General report no. 6 on the lunatic asylums, vaccination and dispensaries in the Bengal Presidency, 1873 -
Year: 1873
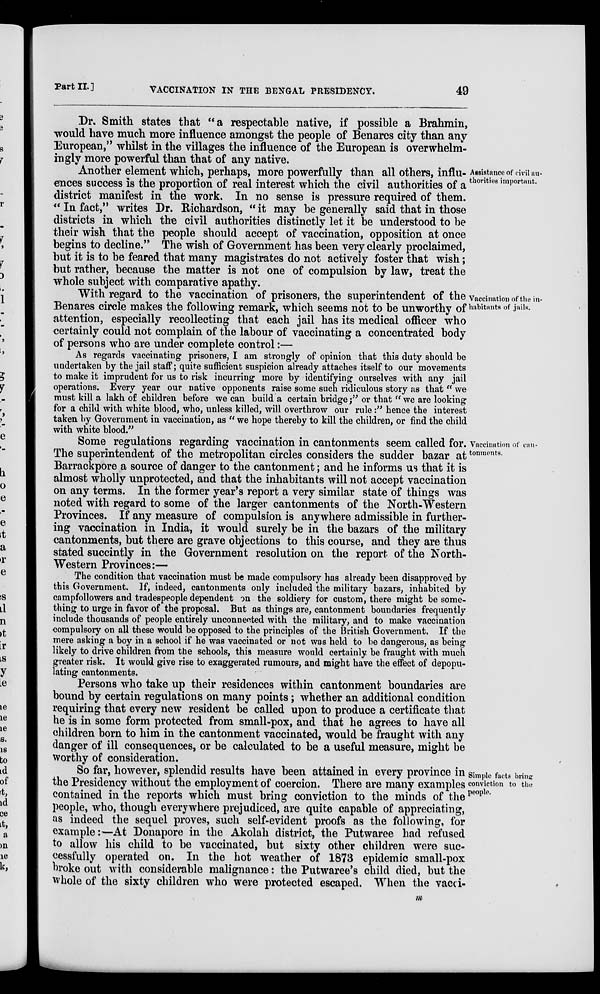
Part II. ]
VACCINATION IN THE BENGAL PRESIDENCY.
49
Dr. Smith states that "a respectable native, if possible a Brahmin,
would have much more influence amongst the people of Benares city than any
European," whilst in the villages the influence of the European is overwhelm-
ingly more powerful than that of any native.
Assistance of civil au-
thorities important.
Another element which, perhaps, more powerfully than all others, influ-
ences success is the proportion of real interest which the civil authorities of a
district manifest in the work. In no sense is pressure required of them.
" In fact," writes Dr. Richardson, " it may be generally said that in those
districts in which the civil authorities distinctly let it be understood to be
their wish that the people should accept of vaccination, opposition at once
begins to decline." The wish of Government has been very clearly proclaimed,
but it is to be feared that many magistrates do not actively foster that wish;
but rather, because the matter is not one of compulsion by law, treat the
whole subject with comparative apathy.
Vaccination of the in-
habitants of jails.
With regard to the vaccination of prisoners, the superintendent of the
Benares circle makes the following remark, which seems not to be unworthy of
attention, especially recollecting that each jail has its medical officer who
certainly could not complain of the labour of vaccinating a concentrated body
of persons who are under complete control:—
As regards vaccinating prisoners, I am strongly of opinion that this duty should be
undertaken by the jail staff; quite sufficient suspicion already attaches itself to our movements
to make it imprudent for us to risk incurring more by identifying ourselves with any jail
operations. Every year our native opponents raise some such ridiculous story as that " we
must kill a lakh of children before we can build a certain bridge;" or that " we are looking
for a child with white blood, who, unless killed, will overthrow our rule:" hence the interest
taken by Government in vaccination, as " we hope thereby to kill the children, or find the child
with white blood."
Vaccination of can-
tonments.
Some regulations regarding vaccination in cantonments seem called for.
The superintendent of the metropolitan circles considers the sudder bazar at
Barrackpore a source of danger to the cantonment; and he informs us that it is
almost wholly unprotected, and that the inhabitants will not accept vaccination
on any terms. In the former year's report a very similar state of things was
noted with regard to some of the larger cantonments of the North-Western
Provinces. If any measure of compulsion is anywhere admissible in further-
ing vaccination in India, it would surely be in the bazars of the military
cantonments, but there are grave objections to this course, and they are thus
stated succintly in the Government resolution on the report of the North-
Western Provinces:—
The condition that vaccination must be made compulsory has already been disapproved by
this Government. If, indeed, cantonments only included the military bazars, inhabited by
campfollowers and tradespeople dependent on the soldiery for custom, there might be some-
thing to urge in favor of the proposal. But as things are, cantonment boundaries frequently
include thousands of people entirely unconnected with the military, and to make vaccination
compulsory on all these would be opposed to the principles of the British Government. If the
mere asking a boy in a school if he was vaccinated or not was held to be dangerous, as being
likely to drive children from the schools, this measure would certainly be fraught with much
greater risk. It would give rise to exaggerated rumours, and might have the effect of depopu-
lating cantonments.
Persons who take up their residences within cantonment boundaries are
bound by certain regulations on many points; whether an additional condition
requiring that every new resident be called upon to produce a certificate that
he is in some form protected from small-pox, and that he agrees to have all
children born to him in the cantonment vaccinated, would be fraught with any
danger of ill consequences, or be calculated to be a useful measure, might be
worthy of consideration.
Simple facts bring
conviction to the
people.
So far, however, splendid results have been attained in every province in
the Presidency without the employment of coercion. There are many examples
contained in the reports which must bring conviction to the minds of the
people, who, though everywhere prejudiced, are quite capable of appreciating,
as indeed the sequel proves, such self-evident proofs as the following, for
example:—At Donapore in the Akolah district, the Putwaree had refused
to allow his child to be vaccinated, but sixty other children were suc-
cessfully operated on. In the hot weather of 1873 epidemic small-pox
broke out with considerable malignance: the Putwaree's child died, but the
whole of the sixty children who were protected escaped. When the vacci-
m